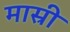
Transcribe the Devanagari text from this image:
मास्री